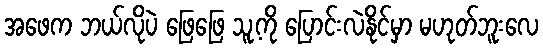
အဖေက ဘယ်လိုပဲ ဖြေဖြေ သူ့ကို ပြောင်းလဲနိုင်မှာ မဟုတ်ဘူးလေ